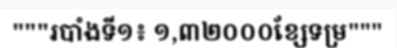
"""របាំងទី១៖ ១,៣២០០០ខ្សែទម្រ"""